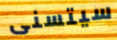
سيتسنى